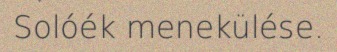
Solóék menekülése.